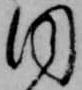
同